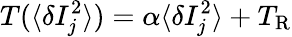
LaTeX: T(\langle\delta I_{j}^{2}\rangle)=\alpha\langle\delta I_{j}^{2}\rangle+T_{\mathrm{R}}